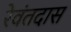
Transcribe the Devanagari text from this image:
रेवंतदास